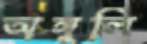
অঙ্গুলি